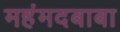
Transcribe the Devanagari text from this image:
महंमदबाबा